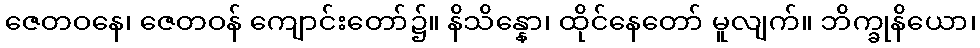
ဇေတဝနေ၊ ဇေတဝန် ကျောင်းတော်၌။ နိသိန္နော၊ ထိုင်နေတော် မူလျက်။ ဘိက္ခုနိယော၊